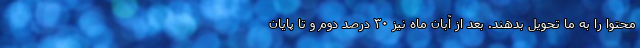
محتوا را به ما تحویل بدهند. بعد از آبان ماه نیز ۳۰ درصد دوم و تا پایان